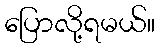
ပြောလို့ရမယ်။